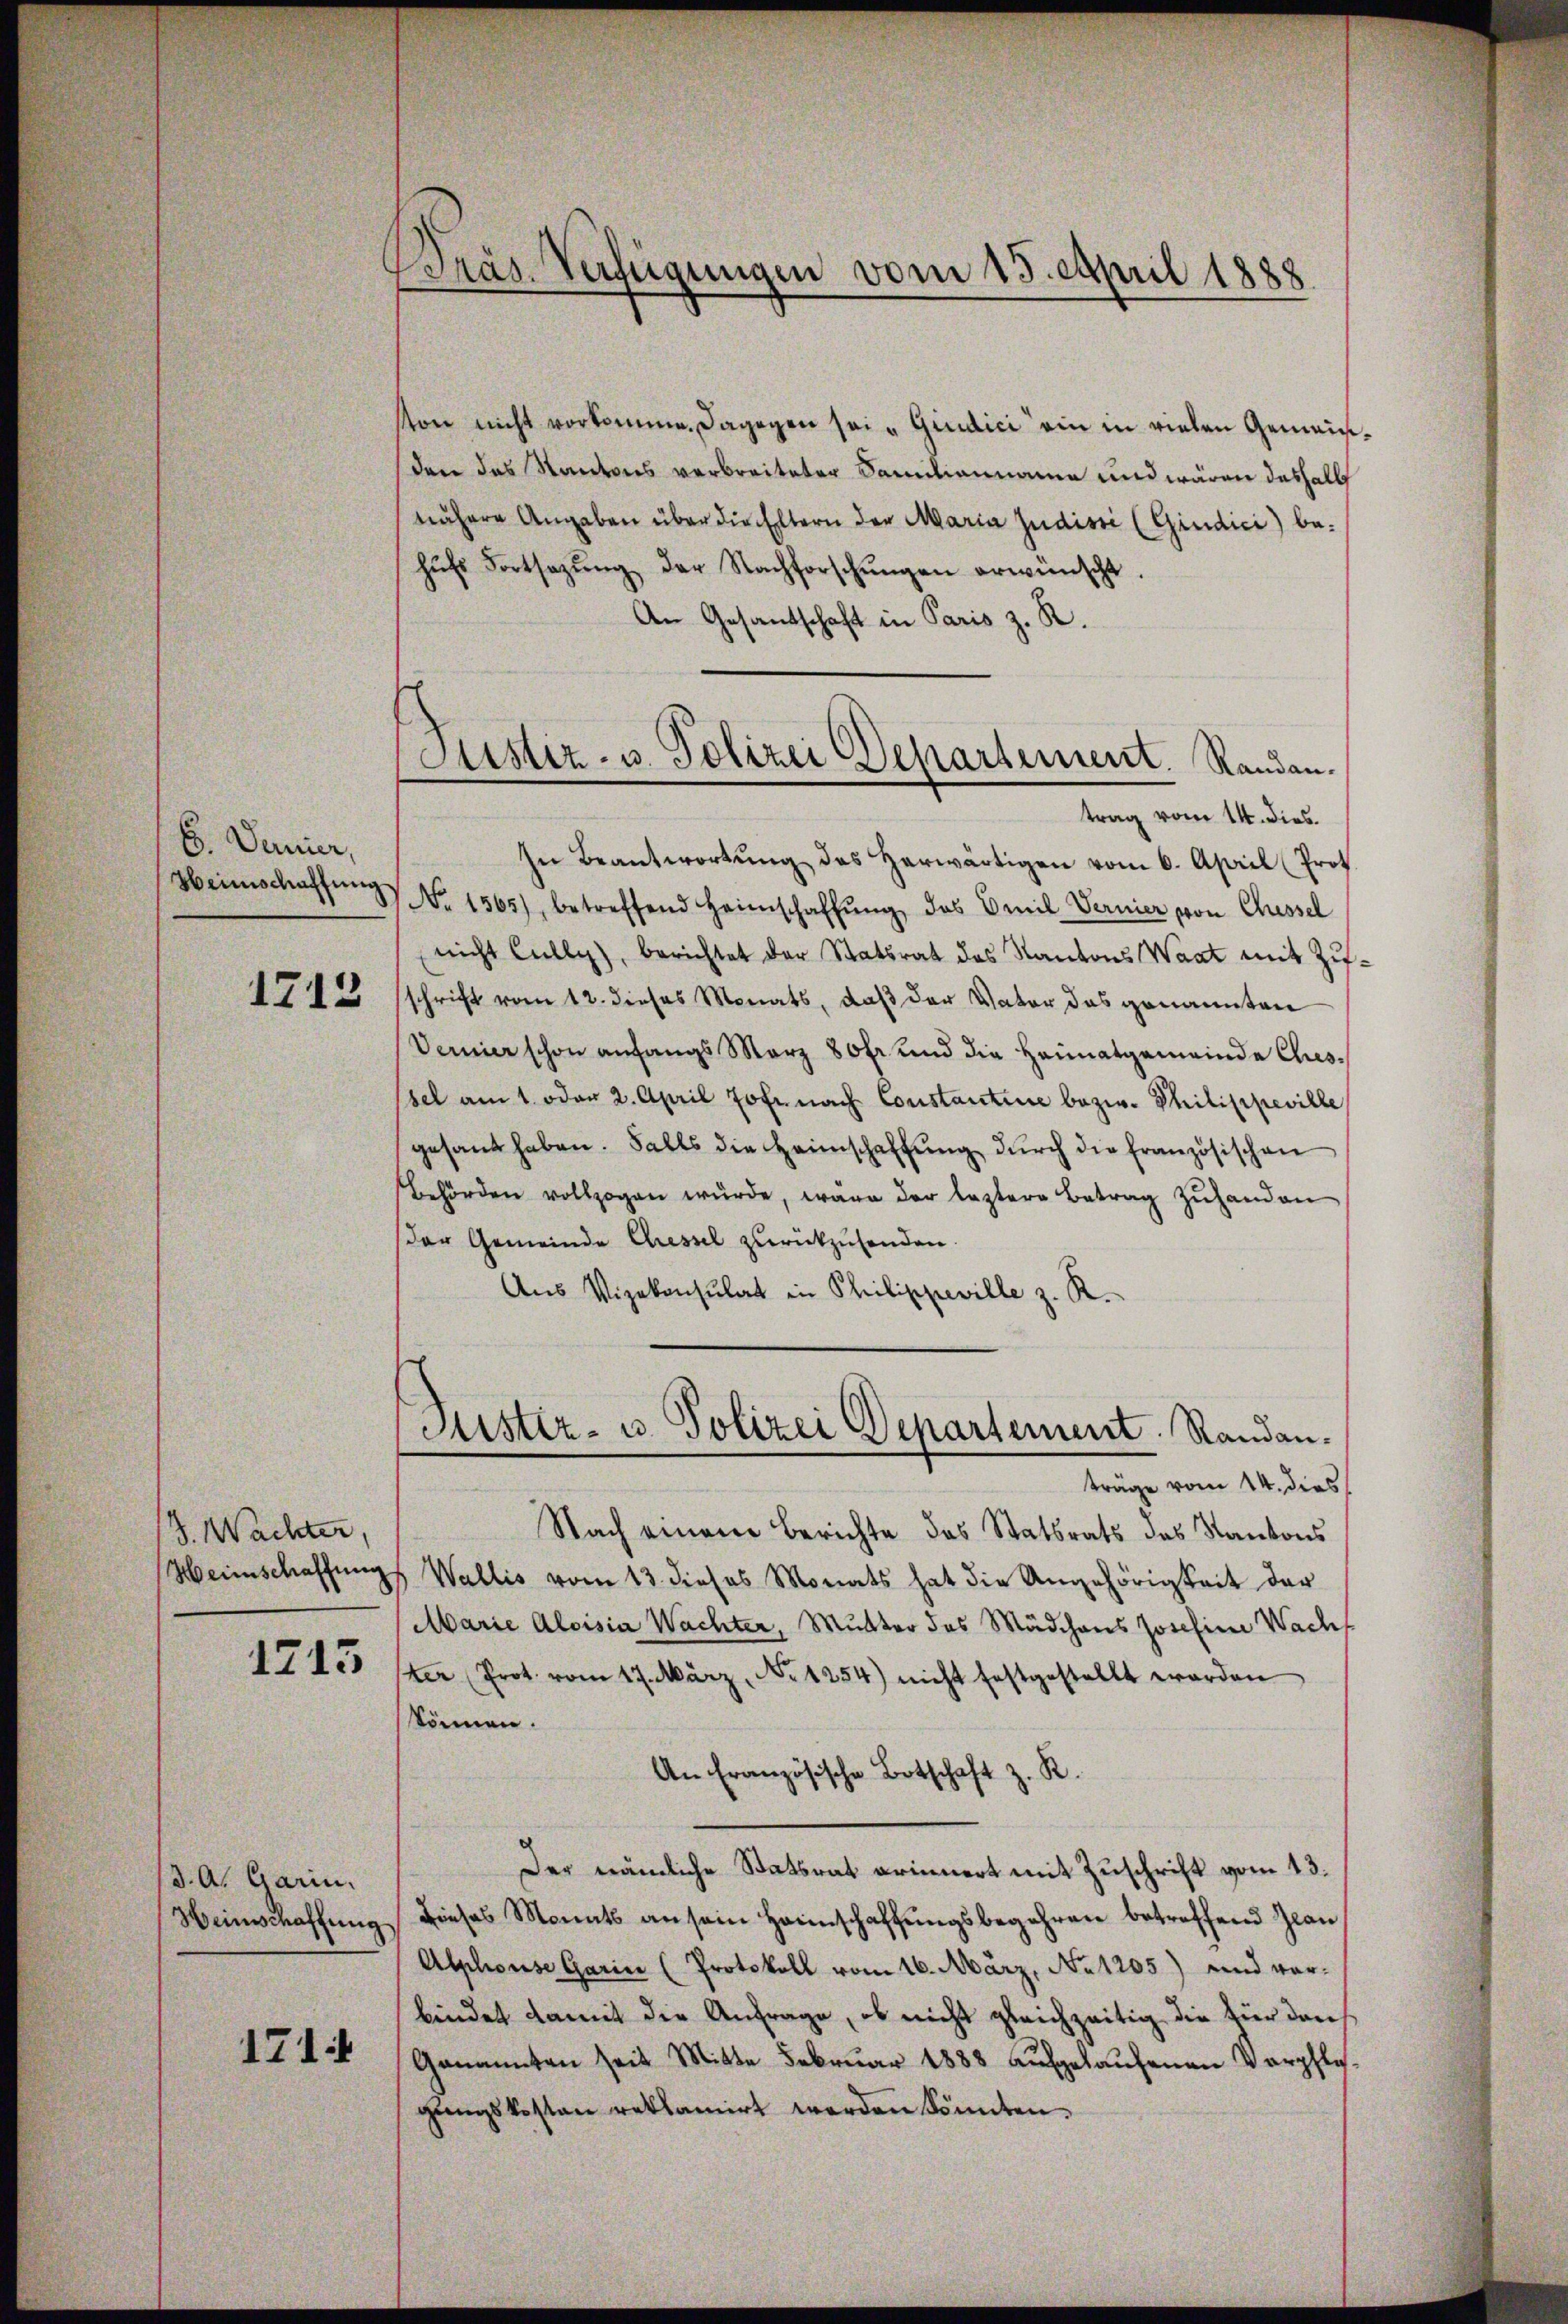
6. Danier,
Heimschaffung

1713

S. Wachter,

1213

(3. A. Garin.
Heinschaffung

171

Wras Verfügungen vom 15. April 1888

son nicht vorkomme. Dagegen sei „Giudici ein in vielen Gemeinden das Kantons verbreiteter Familianname und wären deshalb
nähere Angaben über die Eltern der Maria Judisti (Giudici) behŭfs Fortsetzŭng der Nachforschŭngen erwünscht.
An Gesantschaft in Paris z. R.
trag vom 14. dies.
In Beantwortŭng des herwärtigen vom 6. April (Prot
No 1565), betreffend Heimschaffŭng das Emil Vernier von Chessel
nicht Cully), berichtet der Statsrat des Kantons Waat mit Zuschrift vom 12. dieses Monats, daß der Vater das genannten
Verner schon anfangs März 80 fr. und die Heimatgemeinde Chiessel am 1. oder 2. April Jofr. nach Constantine bezw. Philippeville
gesant haben. Falls die Heimschaffŭng dŭrch die französischen
behörden vollzogen wŭrde, wäre der leztere Betrag zŭ handen
der Gemeinde Chiessel zurückzusenden.
Aŭs Vizekonsulat in Philippeville z. R.
Justiz- u. Polizei Departement. Randanträge vom 14. dies
Nach einem Berichte das Statsrats des Kantons
Heimschaffungs Wallis vom 13. dieses Monats hat die Angehörigkeit der
Marie Aloisia Wachter, Mutter des Mädchens Josefine Wachs
ter (Prot. vom 17. März, No 1254) nicht festgestellt worden
kömen.
An Französische Botschaft z. R.
Der nämliche Statsrat erinnert mit Zuschrift vom 13.
Dieses Monats an sein Heimschaffungsbegehren betreffend Glan
Alphouse Garin (Protokoll vom 16. März, No 1205) und vorbindet damit die Anfrage, ob nicht gleichzeitig die für den
Genannten seit Mitte Februar 1888 aufgelaufenen Verpflegŭngskosten reklamirt werden könnten.

Justiz- u. Polizei Departement. Randen.